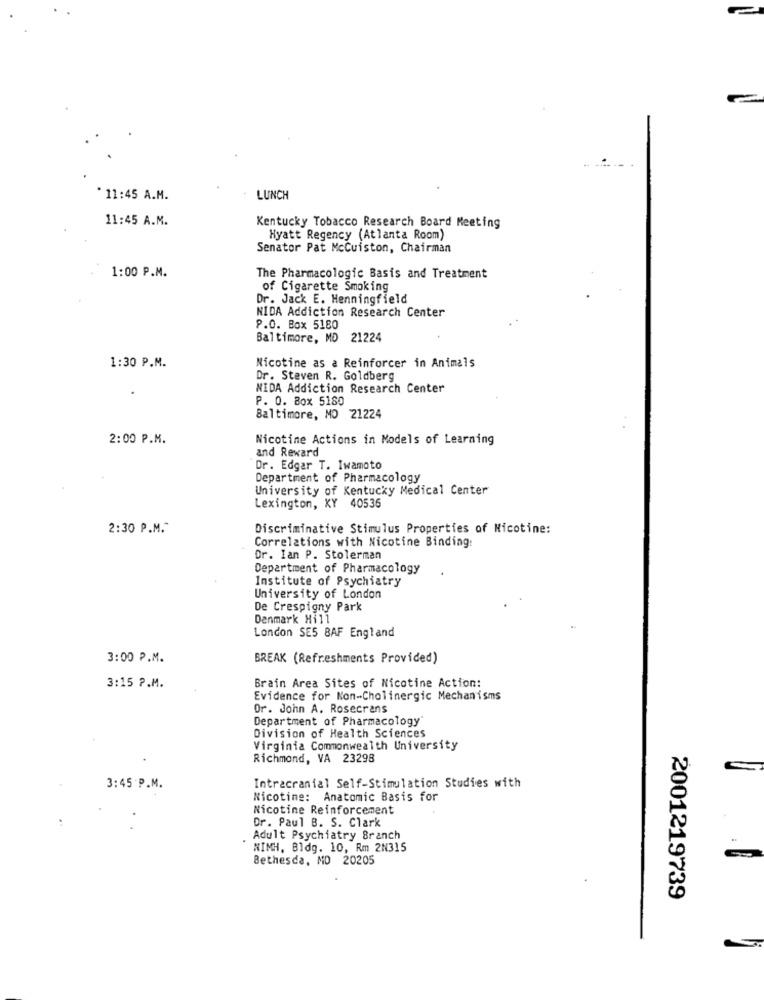
* 11:45 A.M.
LUNCH
11:45 A.M.
Kentucky Tobacco Research Board Meeting
Hyatt Regency (Atlanta Room)
Senator Pat McCuiston, Chairman
1:00 P.M.
The Pharmacologic Basis and Treatment
of Cigarette Smoking
Dr. Jack E. Henningfield
NIDA Addiction Research Center
P.O. Box 5180
Baltimore, MD 21224
1:30 P.M.
Nicotine as a Reinforcer in Animals
Dr. Steven R. Goldberg
NIDA Addiction Research Center
P. O. Box 5180
Baltimore, MD 21224
2:00 P.M.
Nicotine Actions in Models of Learning
and Reward
Dr. Edgar T. Iwamoto
Department of Pharmacology
University of Kentucky Medical Center
Lexington, KY 40536
2:30 P.M.
Discriminative Stimulus Properties of Nicotine:
Correlations with Nicotine Binding:
Dr. Ian P. Stolerman
Department of Pharmacology
Institute of Psychiatry
University of London
De Crespigny Park
Denmark Hill
London SE5 BAF England
3:00 P.M.
BREAK (Refreshments Provided)
3:15 P.M.
Brain Area Sites of Nicotine Action:
Evidence for Non-Cholinergic Mechanisms
Or. John A. Rosecrans
Department of Pharmacology'
Division of Health Sciences
Virginia Commonwealth University
Richmond, VA 23298
3:45 P.M.
Intracranial Self-Stimulation Studies with
Nicotine: Anatomic Basis for
Nicotine Reinforcement
Dr. Paul B. S. Clark
Adult Psychiatry Branch
NIMH. Bldg. 10, Rm 2N315
Bethesda, MD 20205
2001219739